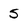
Character: 5